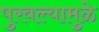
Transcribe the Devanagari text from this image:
पुरवल्यामुळे